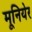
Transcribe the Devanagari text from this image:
मूनियेर